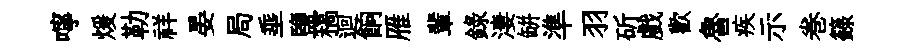
嚀煖勒祥晏局埀鹽稿迴餉雁輩録淒缾準羽斫戲歡魯疾示巻籙